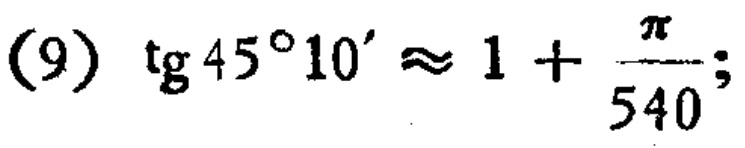
\((9)\ \text{tg}45^{\circ}10'\approx 1 + \frac{\pi}{540};\)